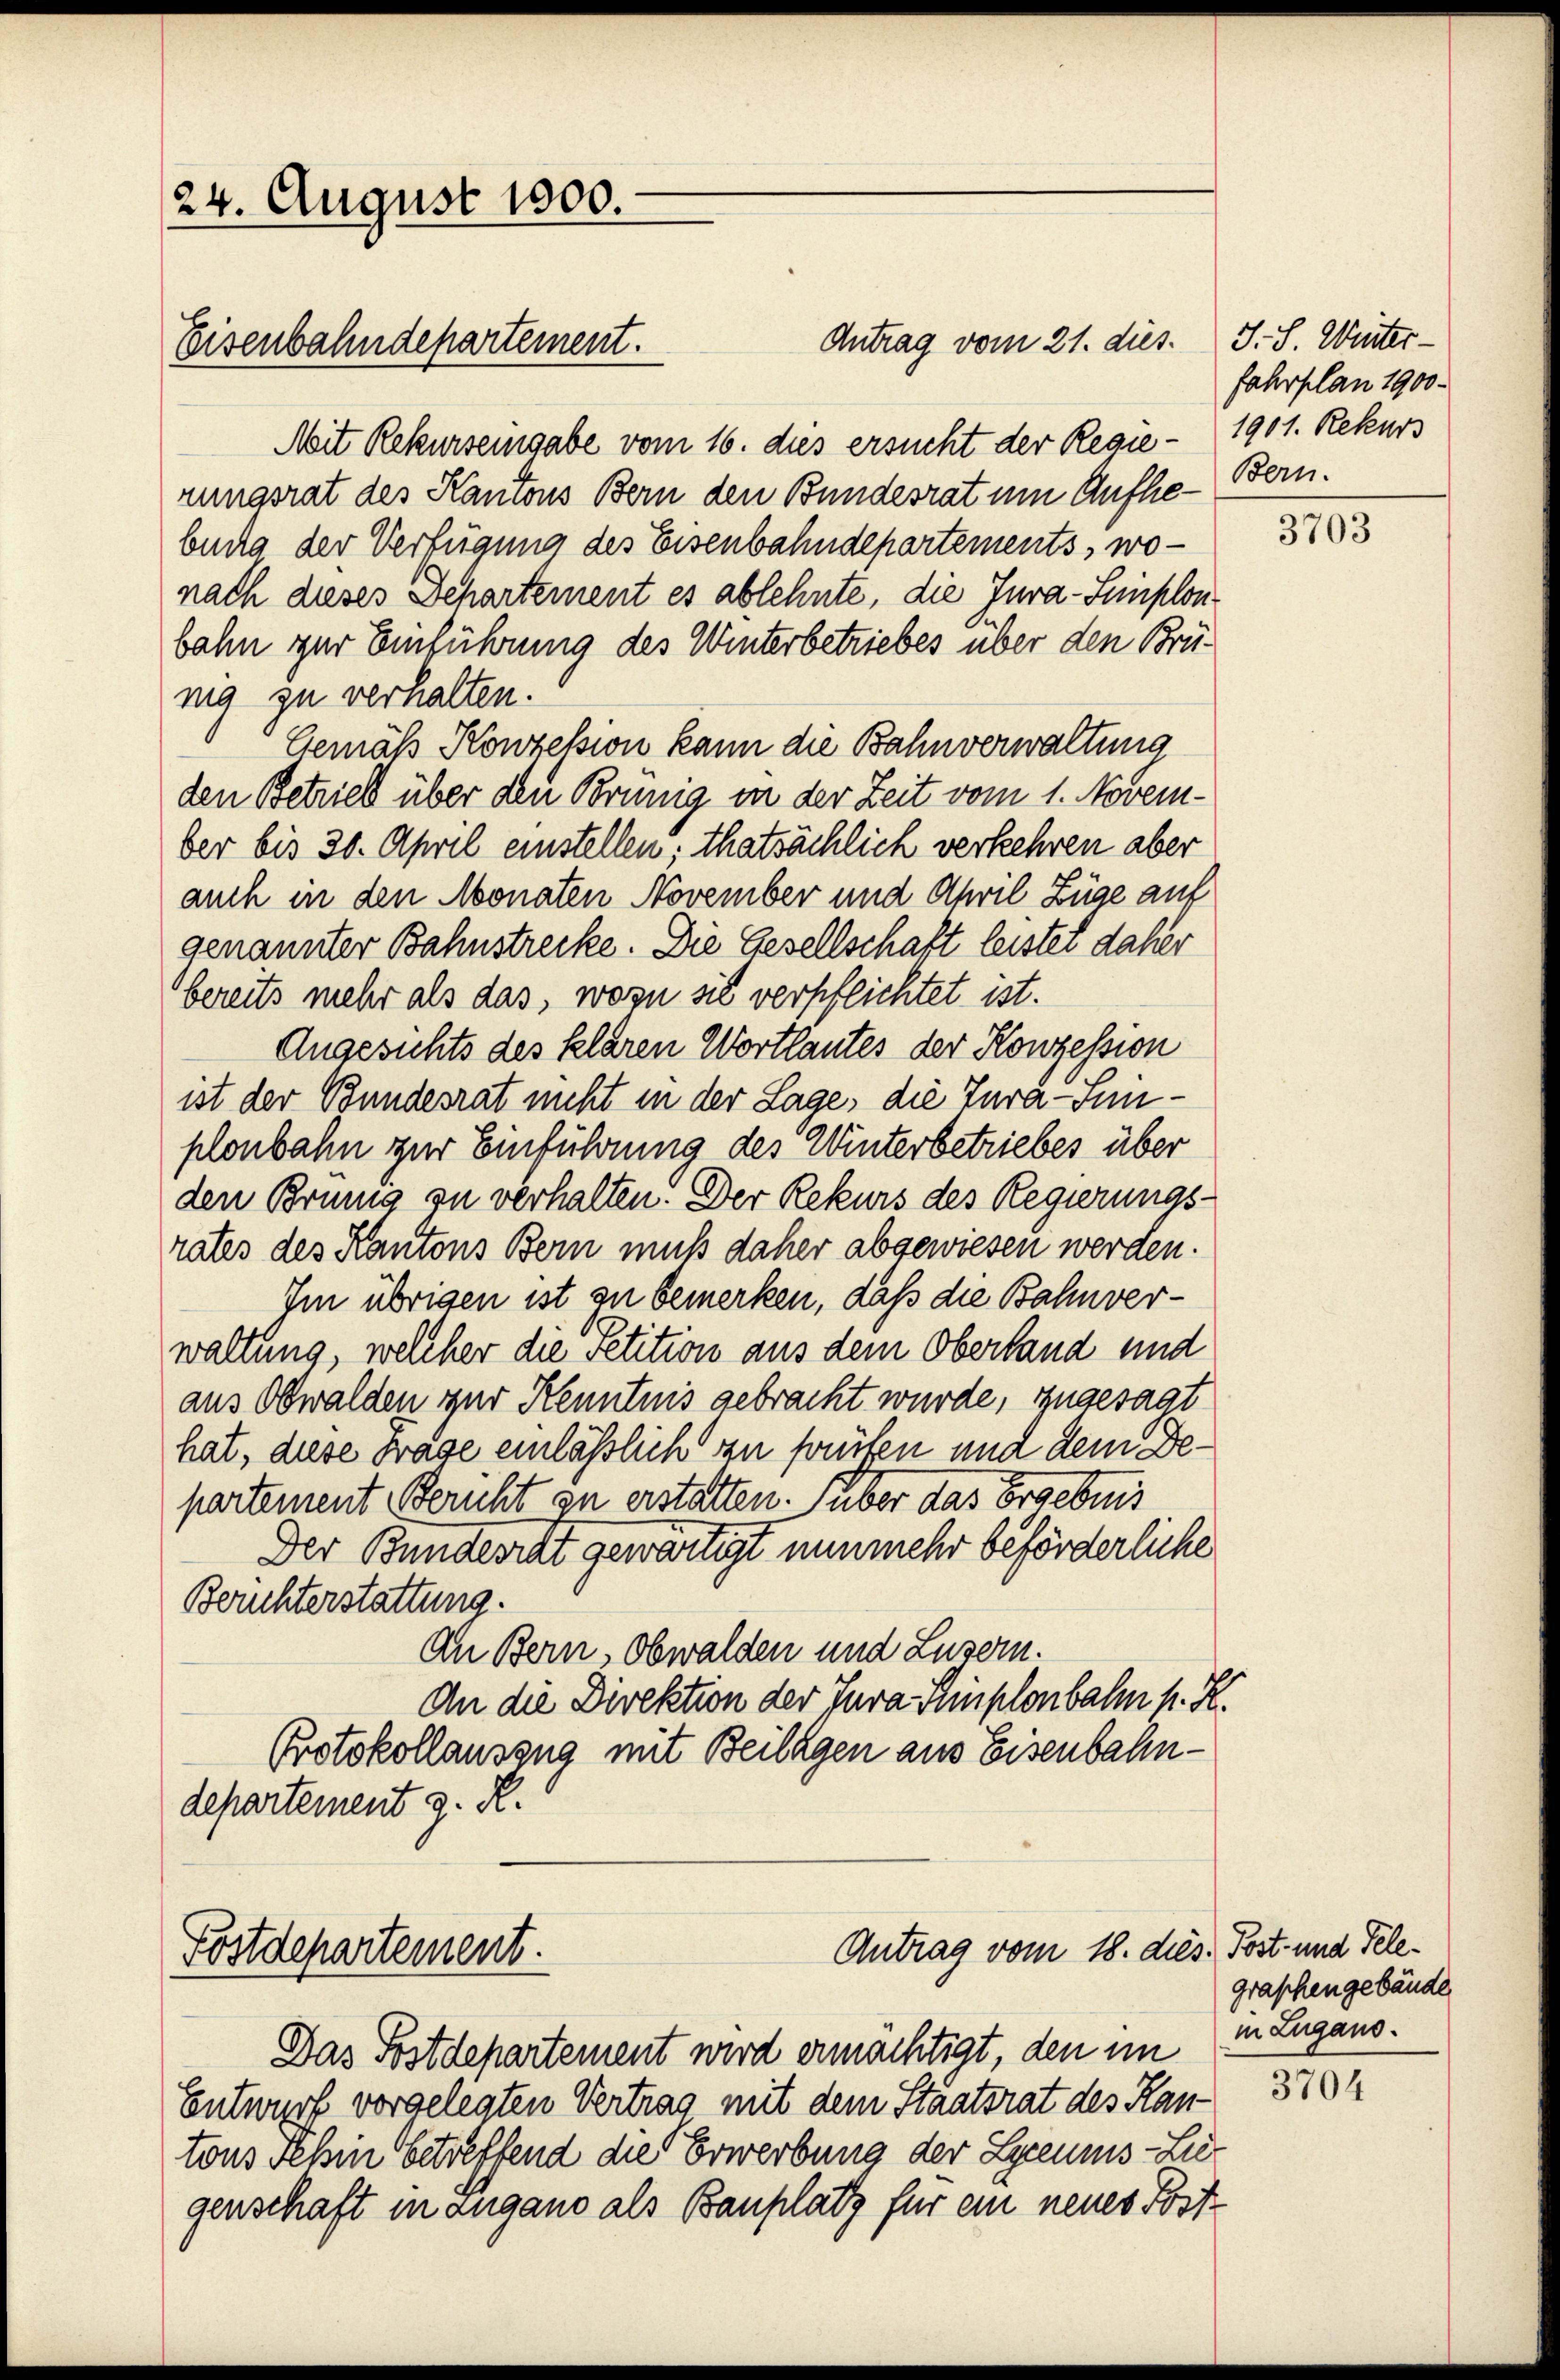
24. August 1800.
Eisenbahndepartement.

Antrag vom 21. dies. S. S. Winter¬
Mit Rekurseingabe vom 16. dies ersucht der Regie- 1901. Rekurs
nungsrat des Kantons Bern den Bundesrat um Aufhebung der Verfügung des Eisenbahndepartements, wonach dieses Departement es ablehnte, die Jura-Simplonbahn zur Einführung des Winterbetriebes über den Brünig zu verhalten.
Gemäß Konzession kann die Bahnverwaltung
den Betrieb über den Brünig in der Zeit vom 1. November bis 30. April einstellen; thatsächlich verkehren aber
auch in den Monaten November und April Züge auf
genannter Bahnstrecke. Die Gesellschaft leistet daher
bereits mehr als das, wozu sie verpflichtet ist.
Angesichts des klaren Wortlautes der Konzession
ist der Bundesrat nicht in der Lage, die Tura-Sinplonbahn zur Einführung des Winterbetriebes über
den Brünig zu verhalten. Der Rekurs des Regierungsrates des Kantons Bern muß daher abgewiesen werden.
Im übrigen ist zu bemerken, daß die Bahnverwaltung, welcher die Petition aus dem Oberland und
aus Obwalden zur Kenntnis gebracht wurde, zugesagt
hat, diese Frage einläßlich zu prüfen und dem Departement Bericht zu erstatten. Huber das Ergebnis
Der Bundesrat gewärtigt nunmehr beförderliche
Berichterstattung.
An Bern, Obwalden und Luzern.
An die Direktion der Jura Simplonbahn p. K.
Protokollauszug mit Beilagen aus Eisenbahndepartement z. R.

Postdepartement.

Antrag vom 18. die

fahrplan 1900.
Bern.

Das Postdepartement wird ermächtigt, den im
Entwurf vorgelegten Vertrag mit dem Staatsrat des Kan-
tons Sehin betreffend die Erwerbung der Lycennis-Lie
genschaft in Zugano als Bauplatz für ein neues Post

3703

13. Post- und Telegraschengebäude
in Zugano.

3704